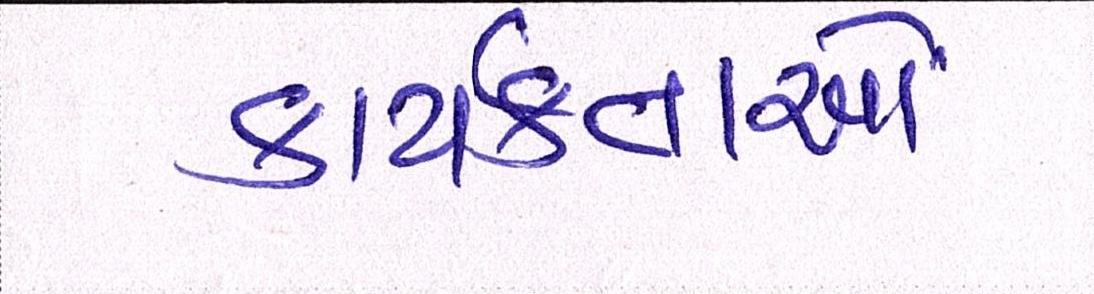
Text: કાર્યકતાર્આે